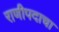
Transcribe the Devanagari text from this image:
राणीपदाचा